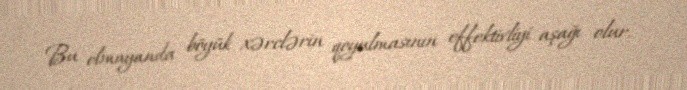
Bu olmayanda böyük xərclərin qoyulmasının effektivliyi aşağı olur.